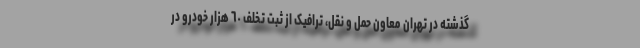
گذشته در تهران معاون حمل و نقل، ترافیک از ثبت تخلف ٦٠ هزار خودرو در